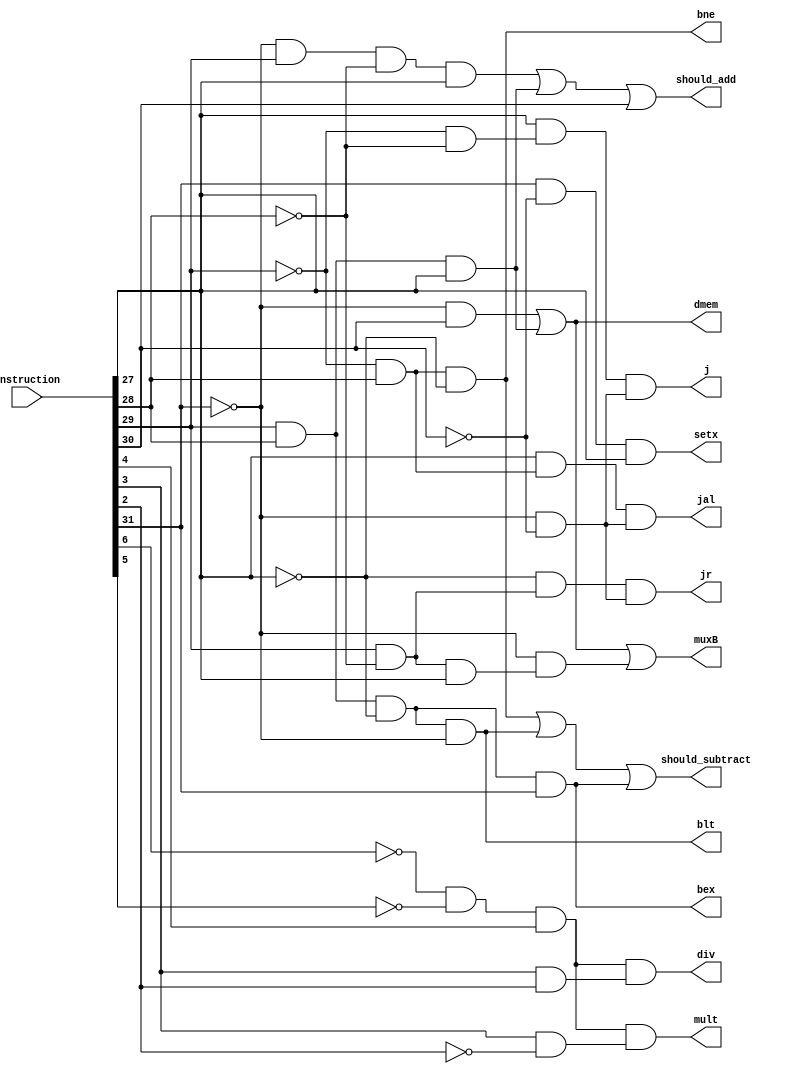
module control(instruction, j, jal, jr, muxB, dmem, bne, blt, mult, div, bex, setx, should_add, should_subtract);

input [31:0] instruction;

output j, jal, jr, muxB, dmem, bne, blt, mult, div, bex, setx, should_add, should_subtract;

wire [4:0] opcode;

assign opcode = instruction[31:27];

// Jump

wire w1, w2, w3;

and and1(w1, ~opcode[4], ~opcode[3]);
and and2(w2, ~opcode[2], ~opcode[1]);
and and3(w3, opcode[0], w2);
and and4(j, w3, w1);

// Jal

wire w4, w5, w6;

and and5(w4, ~opcode[4], ~opcode[3]);
and and6(w5, ~opcode[2], opcode[1]);
and and7(w6, opcode[0], w5);
and and8(jal, w6, w4);

// Jr

wire w7, w8, w9;

and and9(w7, ~opcode[4], ~opcode[3]);
and and10(w8, opcode[2], ~opcode[1]);
and and11(w9, ~opcode[0], w8);
and and12(jr, w9, w7);

// MuxB

wire w10, w11, w12, w13;

and and13(w10, ~opcode[4], opcode[3]);
and and14(w11, opcode[2], opcode[1], opcode[0]);
and and15(w12, opcode[2], ~opcode[1], opcode[0]);
and and16(w13, ~opcode[4], w12);
or or1(muxB, w10, w11, w13);

// Dmem

or or2(dmem, w10, w11);

// Bne

and and17(bne, ~opcode[2], opcode[1], ~opcode[0]);

// Blt

wire w14;
and and18(w14, opcode[2], opcode[1], ~opcode[0]);
and and19(blt, w14, ~opcode[4]);

// Mult

wire [4:0] aluopcode;
assign aluopcode = instruction[6:2];

wire w15, w16;
and and20(w15, ~aluopcode[4], ~aluopcode[3], aluopcode[2]);
and and21(w16, aluopcode[1], ~aluopcode[0]);
and and22(mult, w15, w16);

// Div

wire w17;
and and23(w17, aluopcode[1], aluopcode[0]);
and and24(div, w15, w17);

// Bex

and and25(bex, w14, opcode[4]);

// Setx

and and26(setx, opcode[4], ~opcode[3], opcode[0]);

// Should_add

wire addi, sw, lw;

and andaddi(addi, ~opcode[4], opcode[2], ~opcode[1], opcode[0]);
and andsw(sw, opcode[2], opcode[1], opcode[0]);
assign lw = opcode[3];

or oraddshould(should_add, addi, sw, lw);

// Should_subtract

or orbranch(should_subtract, bne, blt, bex);

endmodule